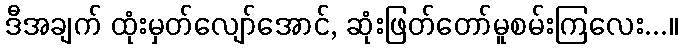
ဒီအချက် ထုံးမှတ်လျော်အောင်, ဆုံးဖြတ်တော်မူစမ်းကြလေး...။